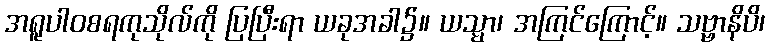
အရူပါဝစရကုသိုလ်ကို ပြပြီးရာ ယခုအခါ၌။ ယသ္မာ၊ အကြင်ကြောင့်။ သဗ္ဗာနိပိ၊